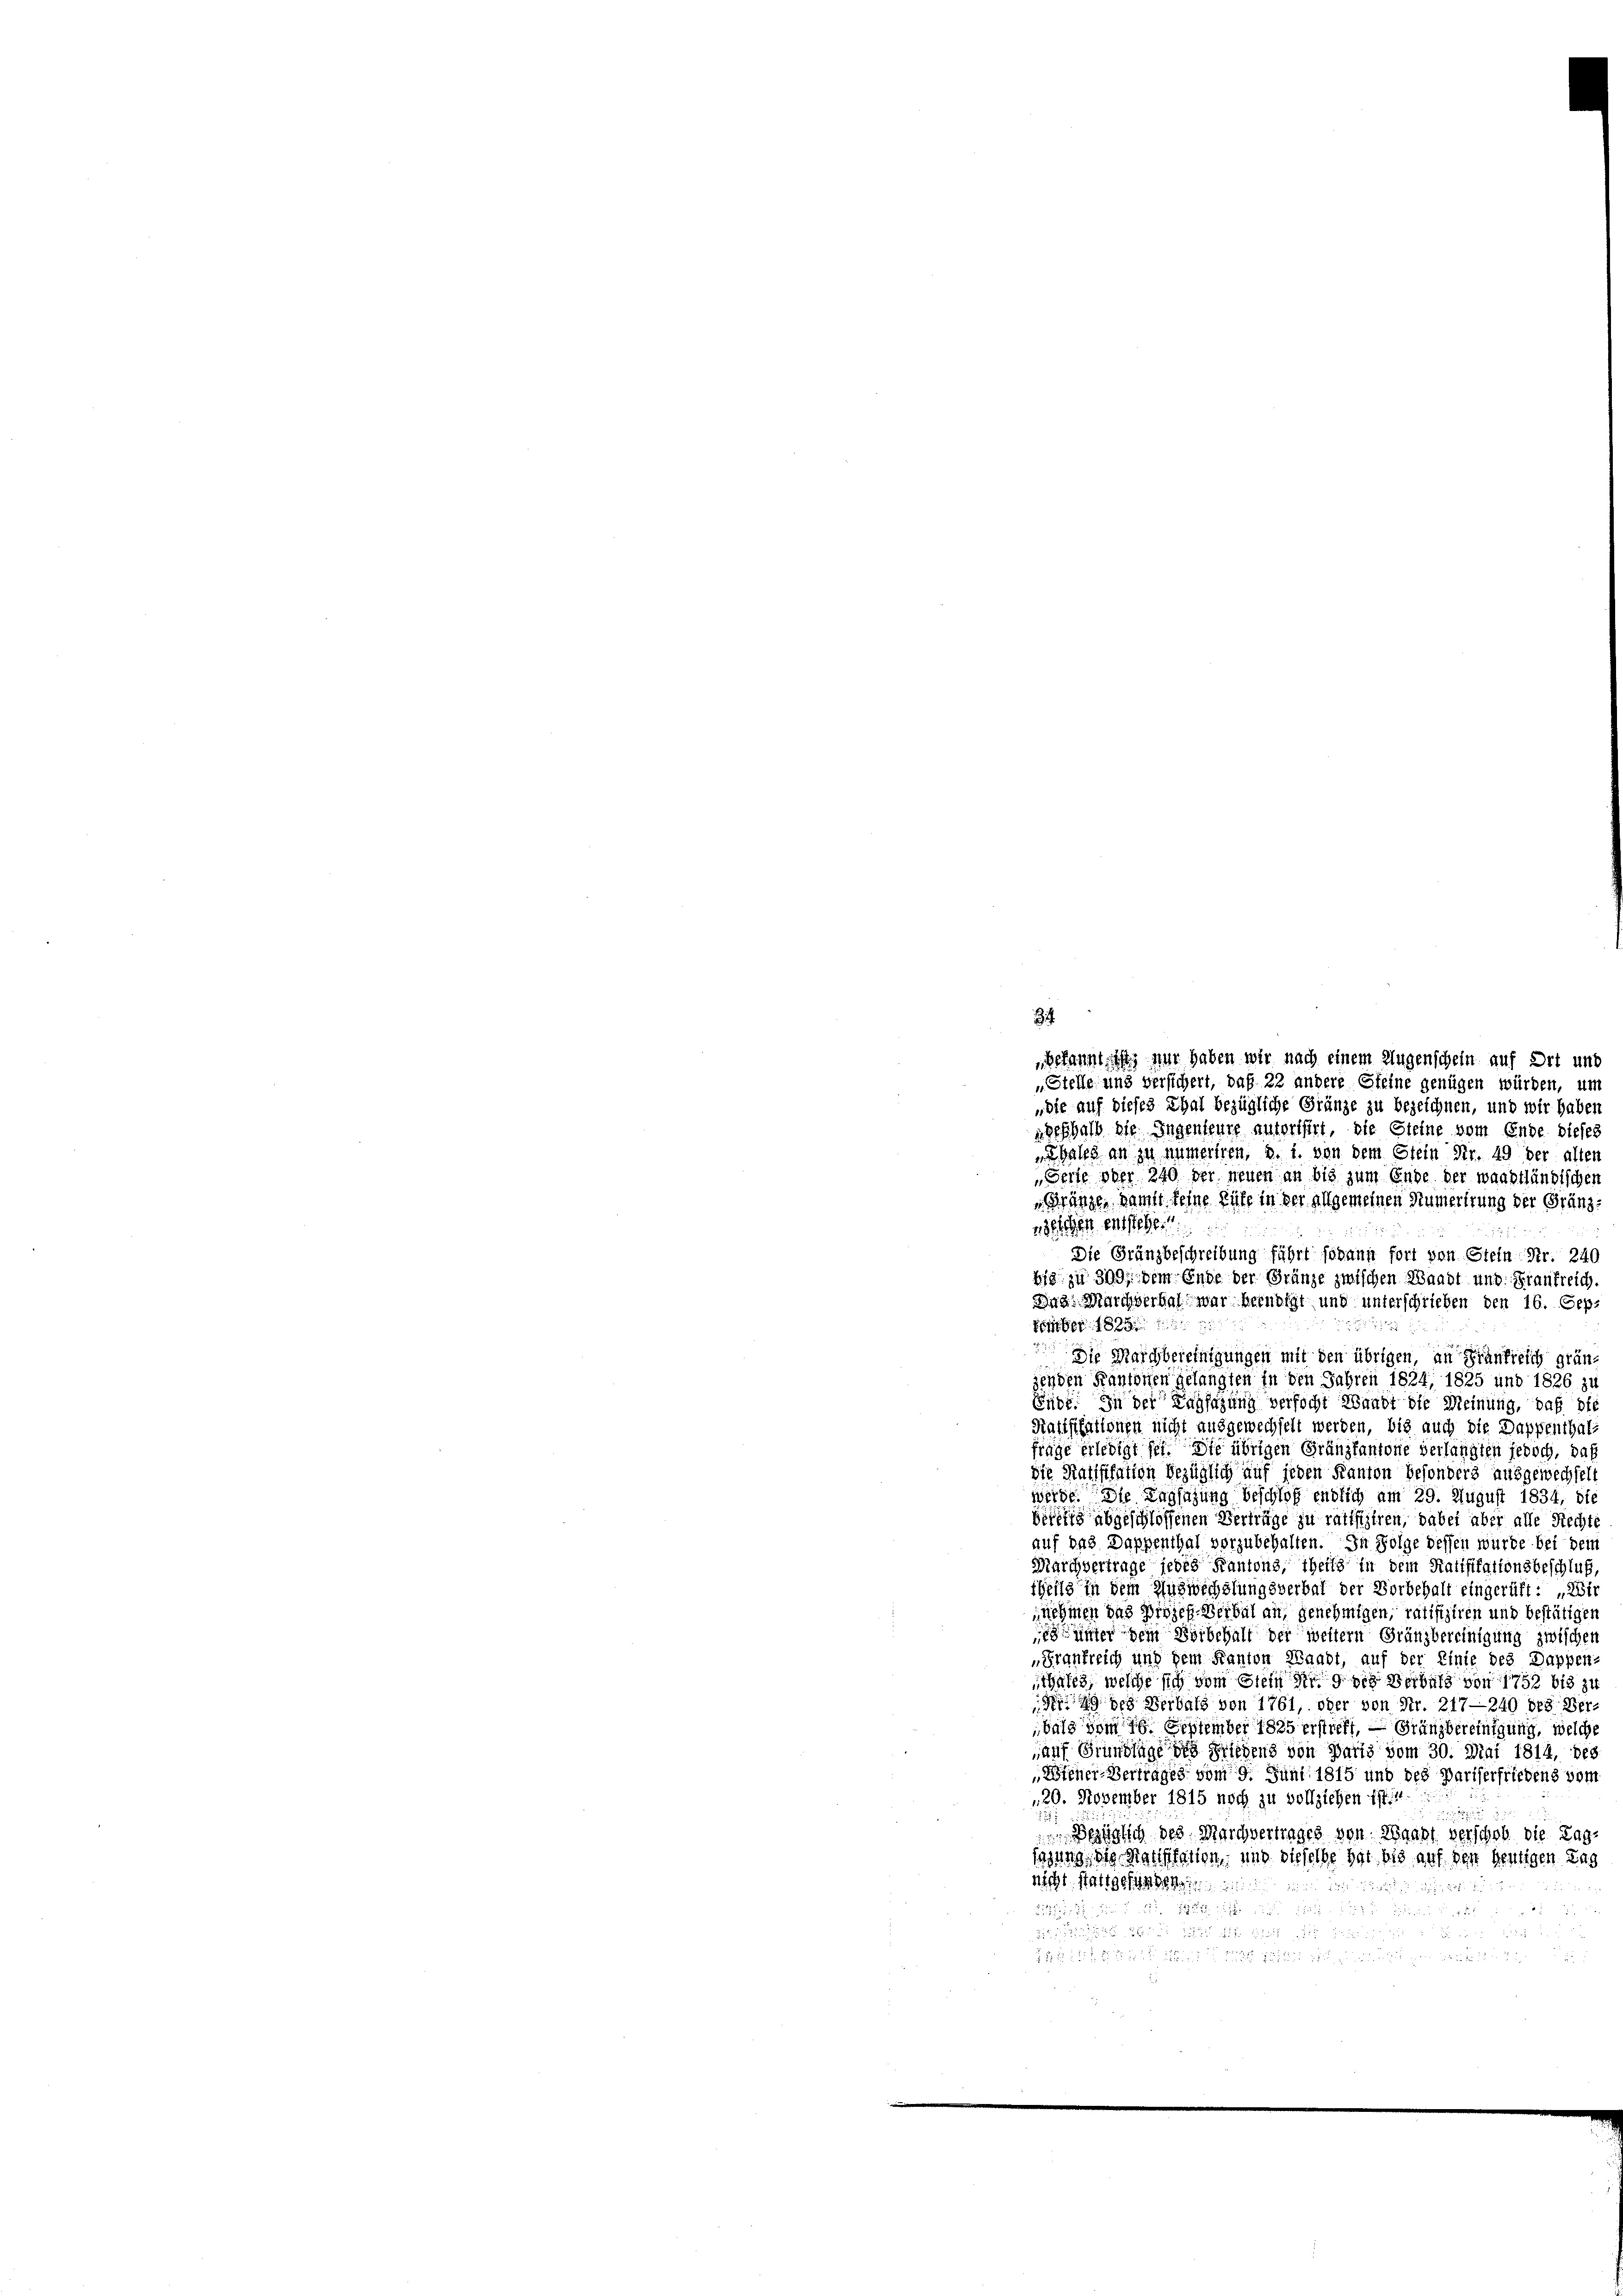
2
bekannt ist nur haben wir nach einem Augenschein auf Ort und
„Stelle und versichert, daß 22 andere Gleine genügen würden, um
„die auf dieses Thal bezügliche Gränze zu bezeichnen, und wir haben
geshalb die Ingenteure unterthirt, die Steine vom Ende dieses
hals an zu numeriren, u. s. von dem Stein Nr. 49 der allen
„Serfe ober 240 der neuen an bis zum Ende der waadtländischen
Kränzen damit keine Rufe in der allgemeinen Rumerirung der Gränzabsichen entstehen
Die Gränzbeschreibung führt sodann fort von Stein Nr. 240
big zu 309, dem Ende der Gränze zwischen Waadt und Frankreich.
Bug: Marchverbal war berneigt und unterschrieben den 16. Sep.
8

Die Marchbereinigungen mit den übrigen, an Frankreich grünjenden Kantonen gelangten in den Jahren 1824, 1825 und 1826 zu
Enst. In der Tagsazung verfocht Waadt die Meinung, daß die
Kafifikationen nicht ausgewechselt werden, bis auch die Dappenthals
fräge erledigt sei. Die übrigen Gränzfantone verlangten jedoch, das
die Ratifikation bezüglich auf jeden Kanton Besonders ausgewechselt
werde. Die Tagsazung beschloß endlich am 29. August 1834, die
bertig abgeschlossenen Verträge zu ratifiziren, dabei aber alle Rechte
auf das Dappenthal vorzubehalten. In Folge dessen würde bei dem
Marchvertrage jedes Kantons, theils in dem Ratifikationsbeschluß,
theils in dem Auswechslungsverbal der Vorbehalt eingerüft : „Wir
nehmen das Prozes-Verbal an, genehmigen, ratifiziren und bestätigen
ümer dem Vorbehalt der weitern Gränzbereinigung zwischen
„Frankreich und dem Kanton Waadt, auf der Linie des Dappen-
thales, welche sich vom Stein und des Verbald von 1752 bis zu
ding des Verbald von 1761, oder von Nr. 217—240 des Verbald vom 16. September 1825 erstreff, — Gränzbereinigung, welche
auf Grundlage des Friedens von Paris vom 30. Mai 1814, bes
Wiener Vertrages vom 9. Juni 1815 und des Pariserfriedens vom
120. November 1815 noch zu vollziehen ist.11
1
Bezüglich des Marchvertrages von Egart verschob die Tagsezung, die Ratssation, und dieselbe hat bis auf den heutigen Tag
nicht stattgefunden

5

         zu andendiget wenn aber und di